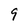
Character: 9